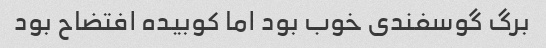
برگ گوسفندی خوب بود اما کوبیده افتضاح بود